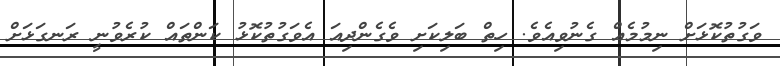
ވަގުތުކޮޅަަށް ނިމުމެއް ގެނުވިއެވެ. ހިތް ބަލިކަށި ވެގެންދިއަ އެވަގުތުކޮޅު ކަންތައް ކުރެވުނީ ރަނގަޅަަށް